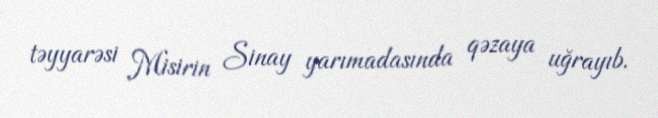
təyyarəsi Misirin Sinay yarımadasında qəzaya uğrayıb.